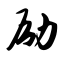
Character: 励